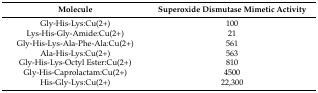
<table><thead><tr><td><b>Molecule</b></td><td><b>Superoxide Dismutase Mimetic Activity</b></td></tr></thead><tbody><tr><td>Gly-His-Lys:Cu(2+)</td><td>100</td></tr><tr><td>Lys-His-Gly-Amide:Cu(2+)</td><td>21</td></tr><tr><td>Gly-His-Lys-Ala-Phe-Ala:Cu(2+)</td><td>561</td></tr><tr><td>Ala-His-Lys:Cu(2+)</td><td>563</td></tr><tr><td>Gly-His-Lys-Octyl Ester:Cu(2+)</td><td>810</td></tr><tr><td>Gly-His-Caprolactam:Cu(2+)</td><td>4500</td></tr><tr><td>His-Gly-Lys:Cu(2+)</td><td>22,300</td></tr></tbody></table>